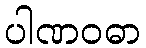
ပါဏဝဓာ